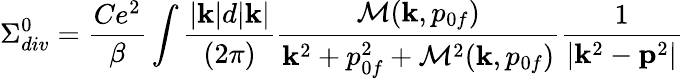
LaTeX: \Sigma_{div}^{0}={\frac{Ce^{2}}{\beta}}\int{\frac{|{\mathbf k}|d|{\mathbf k}|}{(2\pi)}}{\frac{{\cal M}({\mathbf k},p_{0f})}{{\mathbf k}^{2}+p_{0f}^{2}+{\cal M}^{2}({\mathbf k},p_{0f})}}{\frac{1}{|{\mathbf k}^{2}-{\mathbf p}^{2}|}}